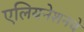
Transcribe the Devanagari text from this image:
एलियनेशनचे